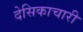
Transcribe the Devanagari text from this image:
देसिकाचारी